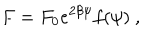
F = F _ { 0 } e ^ { 2 \beta \psi } f ( \psi ) \ ,